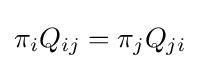
\pi _{i}Q_{ij}=\pi _{j}Q_{ji}